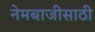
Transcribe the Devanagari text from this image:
नेमबाजीसाठी